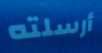
أرسلته